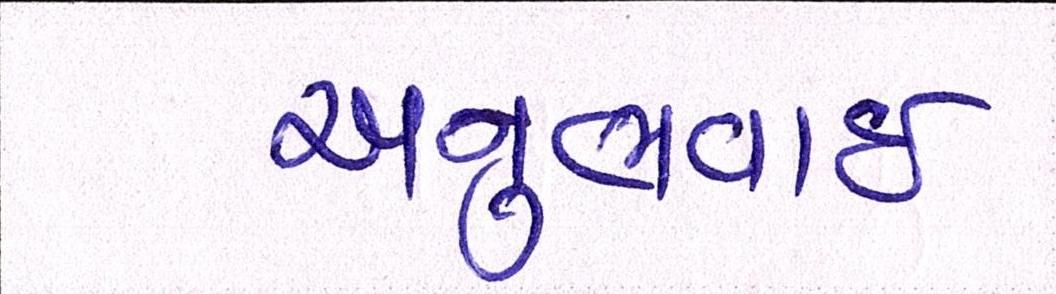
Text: અનુભવાઇ